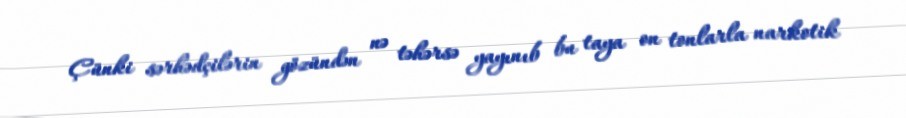
Çünki sərhədçilərin gözündən nə təhərsə yayınıb bu taya on tonlarla narkotik